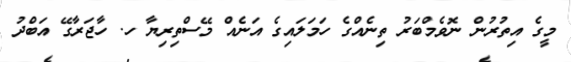
މީގެ އިތުރުން ނޮވެމްބަރު ތިނެއްގެ ހަމަލައިގެ އަނެއް މޭސްތިރިޔާ ހ. ހާޖަރާގޭ އަބްދު